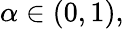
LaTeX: \alpha\in(0,1),